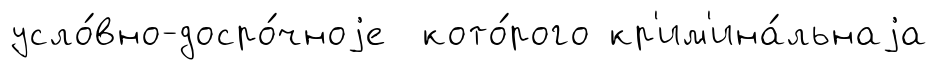
усло́вно-досро́чноjе кото́рого кр'им'ина́льнаjа